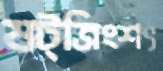
ষট্‌ত্রিংশৎ